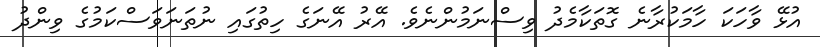
އުޅޭ ވާހަކަ ހާމަކުރާނެ ގޮތަކާމެދު ވިސްނަމުންނެވެ. އޭރު އޭނަގެ ހިތުގައި ނުތަނަވަސްކަމުގެ ވިންދު